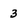
Character: 3